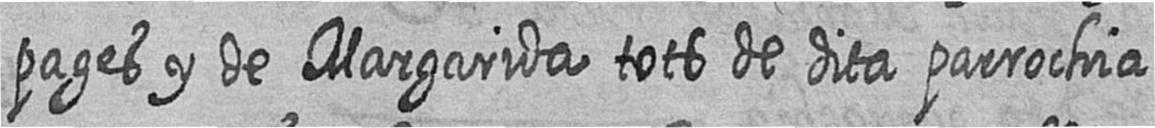
pages y de Margarida tots de dita parrochia